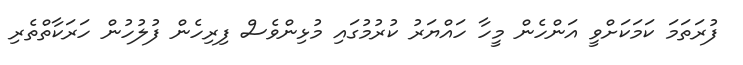
ފުރަތަމަ ކަމަކަށްވީ އަންހެން މީހާ ހައްޔަރު ކުރުމުގައި މުޅިންވެސް ފިރިހެން ފުލުހުން ހަރަކާތްތެރި